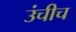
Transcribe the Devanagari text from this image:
उंचीच